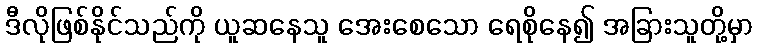
ဒီလိုဖြစ်နိုင်သည်ကို ယူဆနေသူ အေးစေသော ရေစိုနေ၍ အခြားသူတို့မှာ